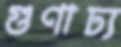
গুণাঢ্য